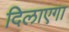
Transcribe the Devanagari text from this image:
दिलाएगा